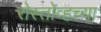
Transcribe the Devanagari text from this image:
रोस्तोव्हच्या